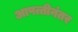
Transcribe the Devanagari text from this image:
आपत्तीनंतर